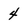
Character: 4